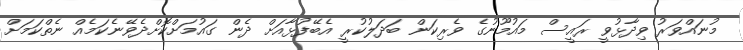
މުނައްވަރު ވިދާޅުވީ ރައީސް މައުމޫނުގެ ވެރިކަން ބަދަލުކުރީ އެބޭފުޅާއަށް ދެން ގައުމަށްކޮށްދެވޭނެކަމެއް ނެތްކަމަށް